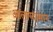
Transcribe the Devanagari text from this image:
आलाग्दासान